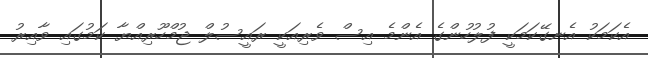
އެކަމަކު އެނގޭކަމަކީ ފުލުހުންގެ އެންމެ އިސް ވެރިއަކީ ރައީސުލް ޖުމްހޫރިއްޔާ ކަމުގައި ވާއިރު